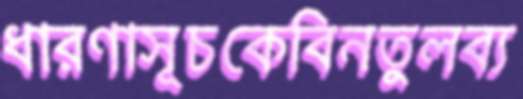
ধারণাসূচকেবিনতুলব্য